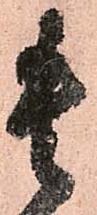
貴